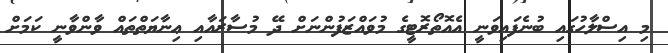
މި އިސްލާހުގައި ބުނެފައިވަނީ އެއޮތޯރޮޓީގެ މުވައްޒަފުންނަށް ދޭ މުސާރައާއި ޢިނާޔަތްތައް ވާންވާނީ ކަމަށް